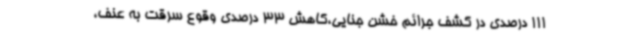
111 درصدی در کشف جرائم خشن جنایی،کاهش 33 درصدی وقوع سرقت به عنف،